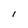
Character: I